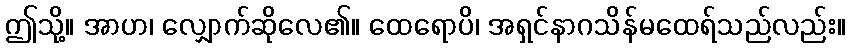
ဤသို့။ အာဟ၊ လျှောက်ဆိုလေ၏။ ထေရောပိ၊ အရှင်နာဂသိန်မထေရ်သည်လည်း။